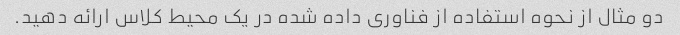
دو مثال از نحوه استفاده از فناوری داده شده در یک محیط کلاس ارائه دهید.